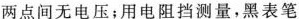
两点间无电压；用电阻箔测量，黑表笔